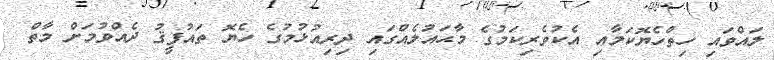
ލައްވައި ހިތްހެޔޮކަމާއި އެކުވެރިކަމުގެ މާޙައުލެއްގައި ދިރިއުޅުމުގެ ހެޔޮ ތައުފީޤު ދެއްވުމަށް މާތް